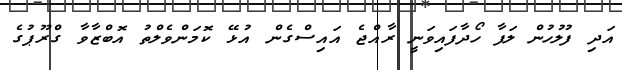
އަދި ފުލުހުން ލަފާ ހޯދާފައިވަނީ ރާއްޖެ އައިސްގެން އުޅޭ ކޮމަންވެލްތު އޮބްޒާވާ ގްރޫޕުގެ